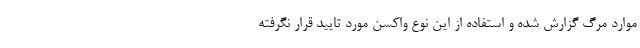
موارد مرگ گزارش شده و استفاده از این نوع واکسن مورد تایید قرار نگرفته